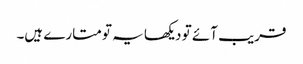
قریب آئے تو دیکھا یہ تو متارے ہیں۔